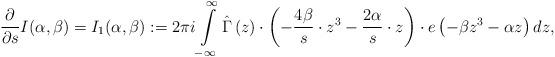
LaTeX: \begin{align*} \frac{\partial}{\partial s} I(\alpha,\beta) = I_1(\alpha,\beta):=2\pi i \int\limits_{-\infty}^{\infty} \hat\Gamma\left(z\right)\cdot \left(-\frac{4\beta}{s} \cdot z^3-\frac{2\alpha}{s}\cdot z\right)\cdot e\left(-\beta z^3-\alpha z \right)dz,\end{align*}